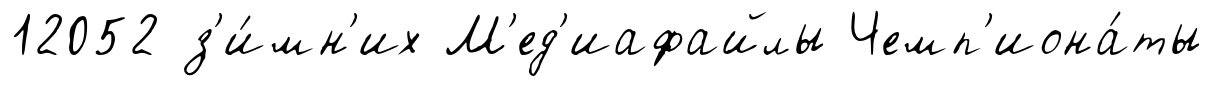
12052 з'и́мн'их М'ед'иафайлы Чемп'иона́ты